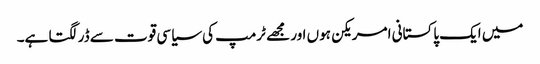
میں ایک پاکستانی امریکن ہوں اور مجھے ٹرمپ کی سیاسی قوت سے ڈر لگتا ہے۔